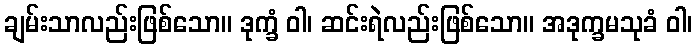
ချမ်းသာလည်းဖြစ်သော။ ဒုက္ခံ ဝါ၊ ဆင်းရဲလည်းဖြစ်သော။ အဒုက္ခမသုခံ ဝါ၊